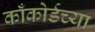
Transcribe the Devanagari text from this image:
काँकोर्डच्या